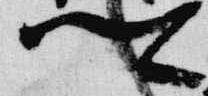
卿